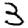
Digit: 3